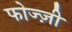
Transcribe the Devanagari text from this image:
फोज्ज़ी